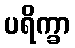
ပရိက္ခာ